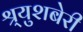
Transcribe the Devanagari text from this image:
श्र्युशबेरी